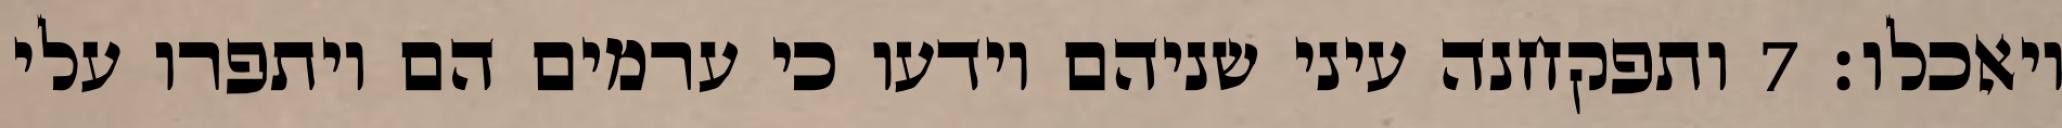
ויאכלו׃ ‎7‏ ותפקחנה עיני שניהם וידעו כי ערמים הם ויתפרו עלי